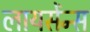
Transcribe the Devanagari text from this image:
लायसेंन्स